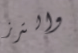
والترز